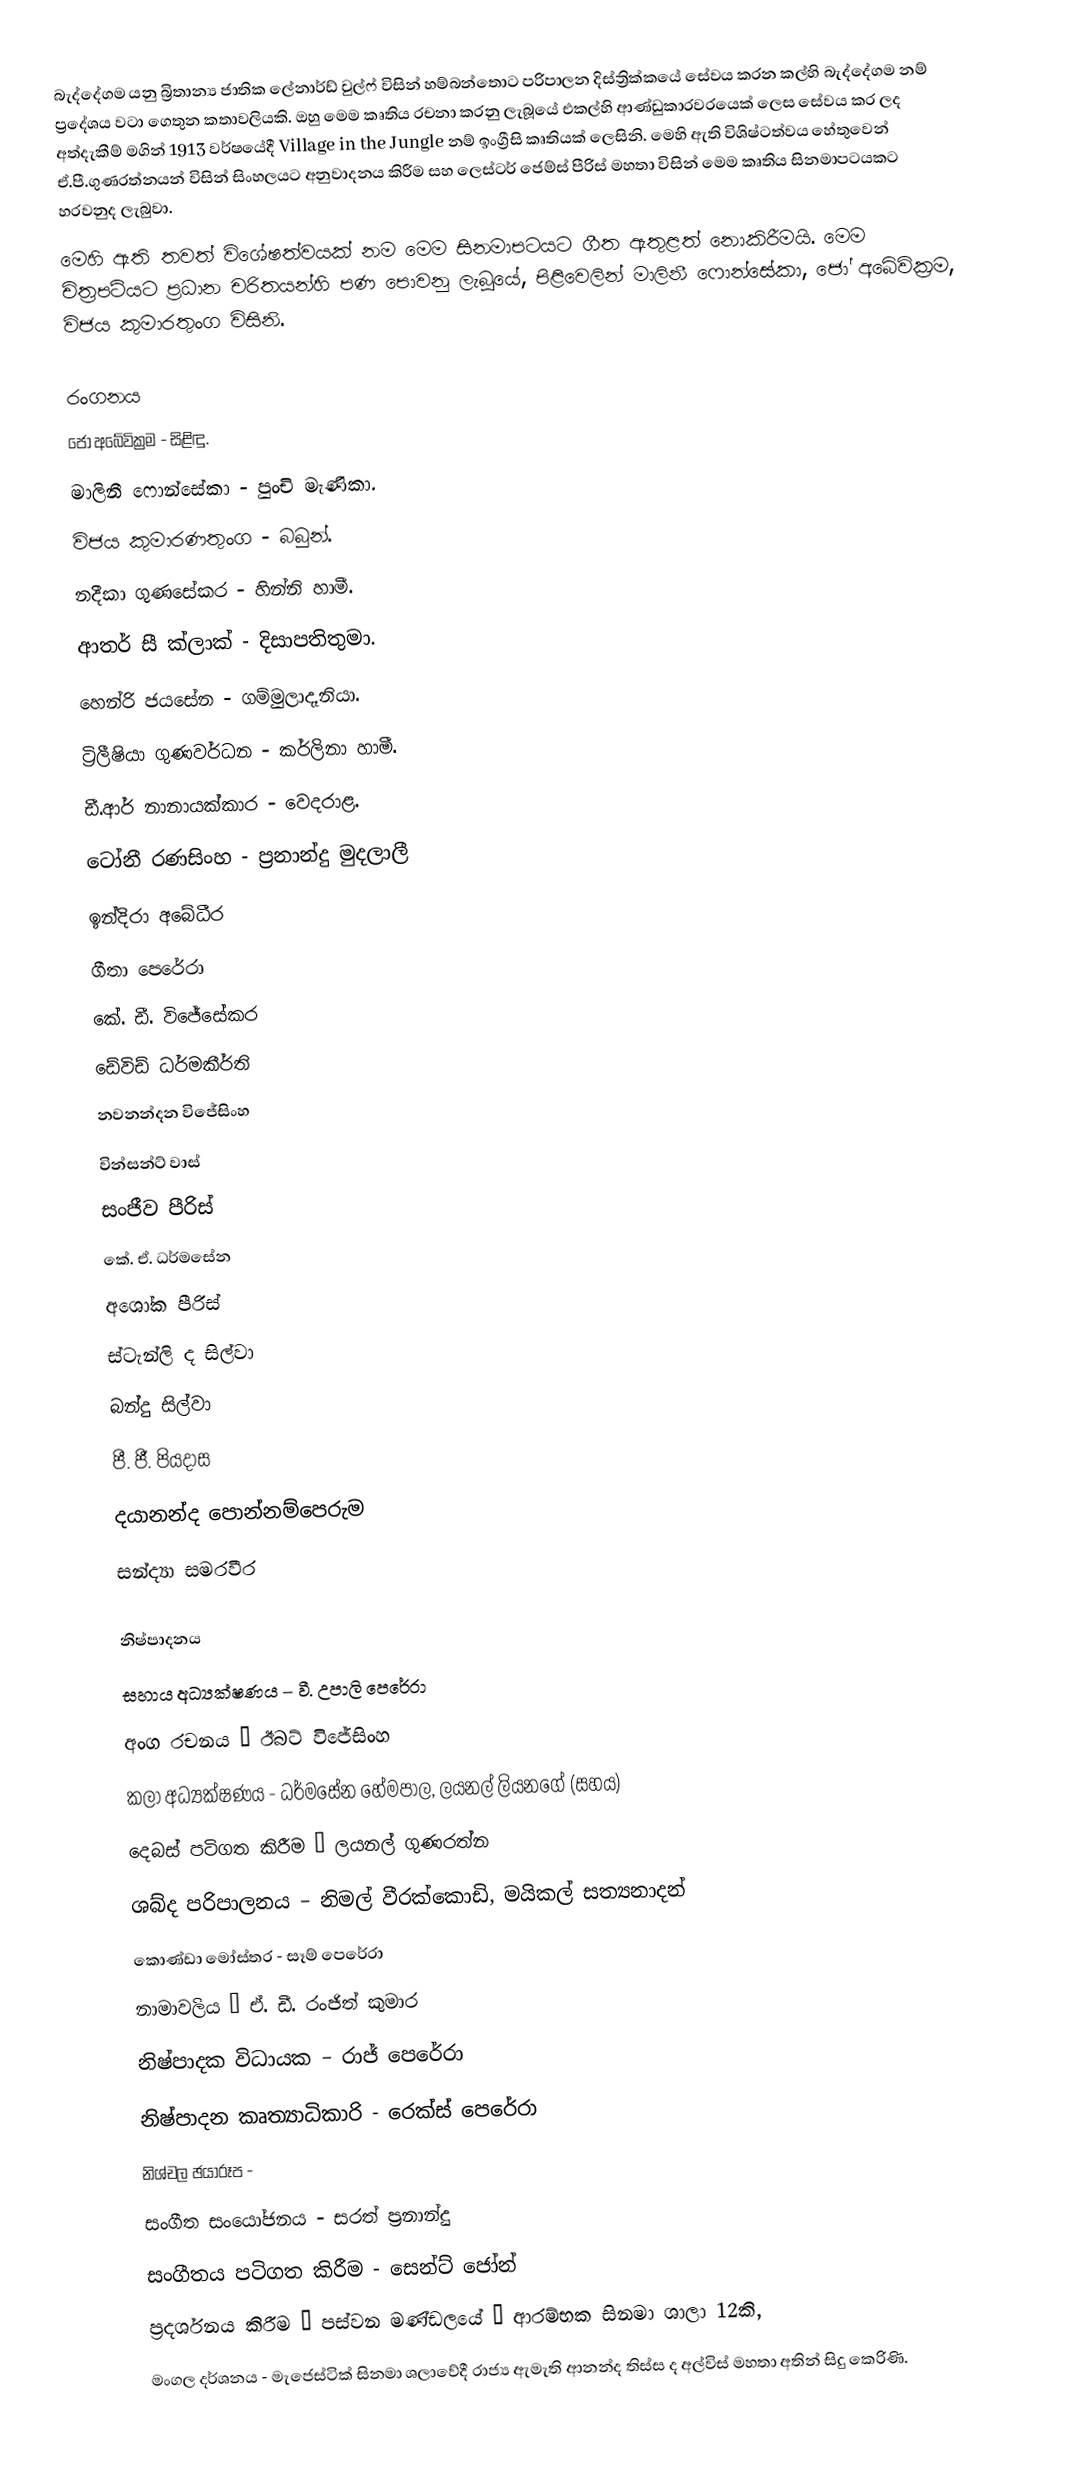
බැද්දේගම යනු බ්‍රිතාන්‍ය ජාතික ලේනාර්ඩ් වුල්ෆ් විසින් හම්බන්තොට පරිපාලන දිස්ත්‍රික්කයේ සේවය කරන කල්හි බැද්දේගම නම් ප්‍රදේශය වටා ගෙතුන කතාවලියකි. ඔහු මෙම කෘතිය රචනා කරනු ලැබූයේ එකල්හි ආණ්ඩුකාරවරයෙක් ලෙස සේවය කර ලද අත්දැකීම් මගින් 1913 වර්ෂයේදී Village in the Jungle නම් ඉංග්‍රීසි කෘතියක් ලෙසිනි. මෙහි ඇති විශිෂ්ටත්වය හේතුවෙන් ඒ.පී.ගුණරත්නයන් විසින් සිංහලයට අනුවාදනය කිරීම සහ ලෙස්ටර් ජෙම්ස් පීරිස් මහතා විසින් මෙම කෘතිය සිනමාපටයකට හරවනුද ලැබුවා.
මෙහි ඇති තවත් විශේෂත්වයක් නම මෙම සිනමාපටයට ගීත ඇතුළත් නොකිරීමයි. මෙම චිත්‍රපටියට ප්‍රධාන චරිතයන්හි පණ පොවනු ලැබූයේ, පිළිවෙලින් මාලිනී ෆොන්සේකා, ජෝ අබේවික්‍රම, විජය කුමාරතුංග විසිනි.

රංගනය
ජෝ අබේවික්‍රම - සිළිඳු.
මාලිනී ෆොන්සේකා - පුංචි මැණිකා.
විජය කුමාරණතුංග - බබුන්.
නදීකා ගුණසේකර - හින්නි හාමී.
ආතර් සී ක්ලාක් - දිසාපතිතුමා.
හෙන්රි ජයසේන - ගම්මුලාදෑනියා.
ට්‍රිලීෂියා ගුණවර්ධන - කර්ලිනා හාමී.
ඩී.ආර් නානායක්කාර - වෙදරාළ.
ටෝනී රණසිංහ - ප්‍රනාන්දු මුදලාලී
ඉන්දිරා අබේධීර
ගීතා පෙරේරා
කේ. ඩී. විජේසේකර
ඩේවිඩ් ධර්මකීර්ති
නවනන්දන විජේසිංහ
වින්සන්ට් වාස්
සංජීව පීරිස්
කේ. ඒ. ධර්මසේන
අශෝක පීරිස්
ස්ටැන්ලි ද සිල්වා
බන්දු සිල්වා
පී. ජී. පියදාස
දයානන්ද පොන්නම්පෙරුම
සන්ද්‍යා සමරවීර

නිෂ්පාදනය
සහාය අධ්‍යක්ෂණය – වී. උපාලි පෙරේරා
අංග රචනය – ඊබට් විජේසිංහ
 කලා අධ්‍යක්ෂණය - ධර්මසේන හේමපාල, ලයනල් ලියනගේ (සහය)
දෙබස් පටිගත කිරීම – ලයනල් ගුණරත්න
ශබ්ද පරිපාලනය – නිමල් වීරක්කොඩි, මයිකල් සත්‍යනාදන්
කොණ්ඩා මෝස්තර - සෑම් පෙරේරා
නාමාවලිය – ඒ. ඩී. රංජිත් කුමාර
නිෂ්පාදක විධායක – රාජ් පෙරේරා
නිෂ්පාදන කෘත්‍යාධිකාරි - රෙක්ස් පෙරේරා
නිශ්චල ඡයාරූප -
සංගීත සංයෝජනය - සරත් ප්‍රනාන්දු
සංගීතය පටිගත කිරීම - සෙන්ට් ජෝන්
ප්‍රදර්ශනය කිරීම – පස්වන මණ්ඩලයේ – ආරම්භක සිනමා ශාලා 12කි,
 මංගල දර්ශනය - මැජෙස්ටික් සිනමා ශලාවේදී රාජ්‍ය ඇමැති ආනන්ද තිස්ස ද අල්විස් මහතා අතින් සිදු කෙරිණි.